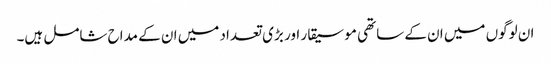
ان لوگوں میں ان کے ساتھی موسیقار اور بڑی تعداد میں ان کے مداح شامل ہیں۔